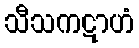
သီသကဋာဟံ